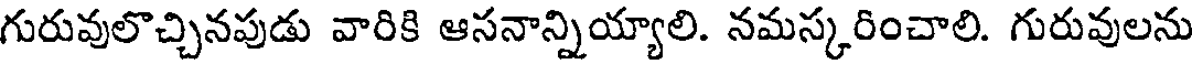
గురువులొచ్చినపుడు వారికి ఆసనాన్నియ్యాలి. నమస్కరించాలి. గురువులను